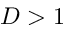
D > 1